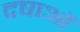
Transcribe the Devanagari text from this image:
दषाओं